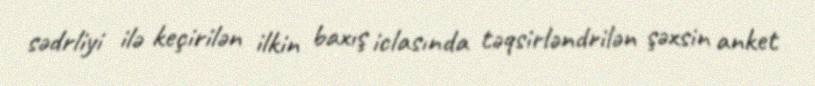
sədrliyi ilə keçirilən ilkin baxış iclasında təqsirləndrilən şəxsin anket